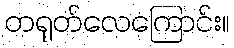
တရုတ်လေကြောင်း။